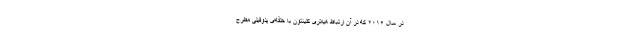
در سال ۲۰۱۶ که در آن ارتباط هیلاری کلینتون با حلقه‌ای پدوفیلی مطرح